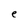
Character: e